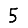
Digit: 5